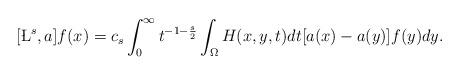
LaTeX: \begin{align*}[\L^s, a]f(x)=c_s\int_0^\infty t^{-1-\frac s2}\int_\Omega H(x, y, t)dt[a(x)-a(y)]f(y)dy.\end{align*}